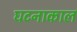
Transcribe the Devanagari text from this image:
घटनाकाल